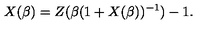
X ( \beta ) = Z ( \beta ( 1 + X ( \beta ) ) ^ { - 1 } ) - 1 .